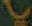
يا